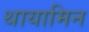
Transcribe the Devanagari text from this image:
थायामिन